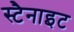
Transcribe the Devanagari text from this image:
स्टैनाइट